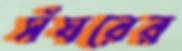
সঁঘরের